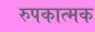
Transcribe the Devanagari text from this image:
रुपकात्मक